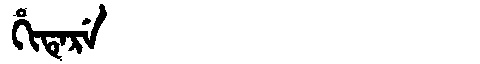
Manchu: ᡥᡳᡨᡝᡵᡝ
Romanization: HITERE